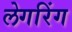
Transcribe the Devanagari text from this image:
लेगरिंग